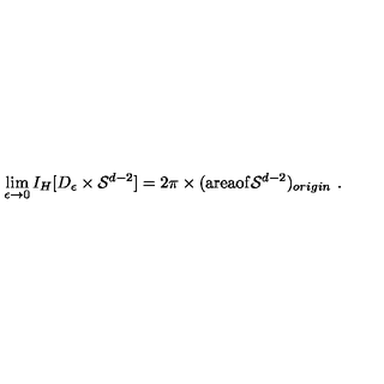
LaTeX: \lim _ { \epsilon \rightarrow 0 } I _ { H } [ D _ { \epsilon } \times { \cal S } ^ { d - 2 } ] = 2 \pi \times ( \mathrm { a r e a o f } { \cal S } ^ { d - 2 } ) _ { o r i g i n } \ .